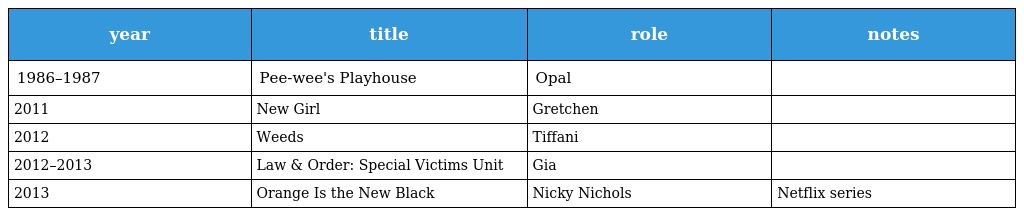
| year | title | role | notes |
 | --- | --- | --- | --- |
 | 1986–1987 | Pee-wee's Playhouse | Opal |  |
 | 2011 | New Girl | Gretchen |  |
 | 2012 | Weeds | Tiffani |  |
 | 2012–2013 | Law & Order: Special Victims Unit | Gia |  |
 | 2013 | Orange Is the New Black | Nicky Nichols | Netflix series |